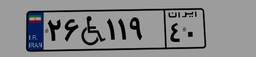
۳۸W۸۱۵۶۴